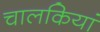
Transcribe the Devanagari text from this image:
चालकियां